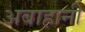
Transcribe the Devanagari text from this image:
अबाहानी